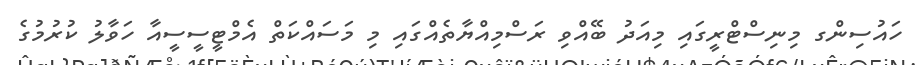
ހައުސިންގ މިނިސްޓްރީގައި މިއަދު ބޭއްވި ރަސްމިއްޔާތެއްގައި މި މަސައްކަތް އެމްޓީސީސީއާ ހަވާލު ކުރުމުގެ